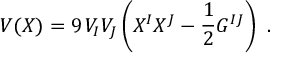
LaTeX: V ( X ) = 9 \, V _ { I } V _ { J } \left( X ^ { I } X ^ { J } - { \frac { 1 } { 2 } } G ^ { I J } \right) \ .